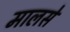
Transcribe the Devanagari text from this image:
मालसे